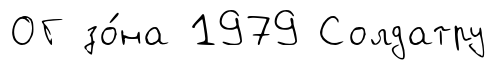
ОГ зо́на 1979 Солдатру